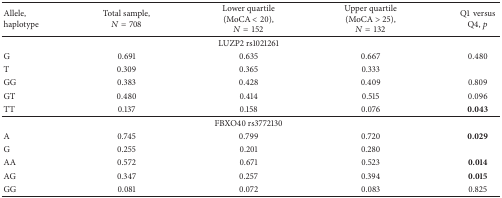
| Allele, haplotype | Total sample, N = 708 | Lower quartile (MoCA < 20), N = 152 | Upper quartile (MoCA > 25), N = 132 | Q1 versus Q4, p |
 | --- | --- | --- | --- | --- |
 |  |  | LUZP2 rs1021261 |  |  |
 | G | 0.691 | 0.635 | 0.667 | 0.480 |
 | T | 0.309 | 0.365 | 0.333 |  |
 | GG | 0.383 | 0.428 | 0.409 | 0.809 |
 | GT | 0.480 | 0.414 | 0.515 | 0.096 |
 | TT | 0.137 | 0.158 | 0.076 | 0.043 |
 |  |  | FBXO40 rs3772130 |  |  |
 | A | 0.745 | 0.799 | 0.720 | 0.029 |
 | G | 0.255 | 0.201 | 0.280 |  |
 | AA | 0.572 | 0.671 | 0.523 | 0.014 |
 | AG | 0.347 | 0.257 | 0.394 | 0.015 |
 | GG | 0.081 | 0.072 | 0.083 | 0.825 |